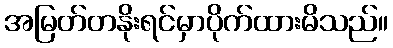
အမြတ်တနိုးရင်မှာပိုက်ထားမိသည်။